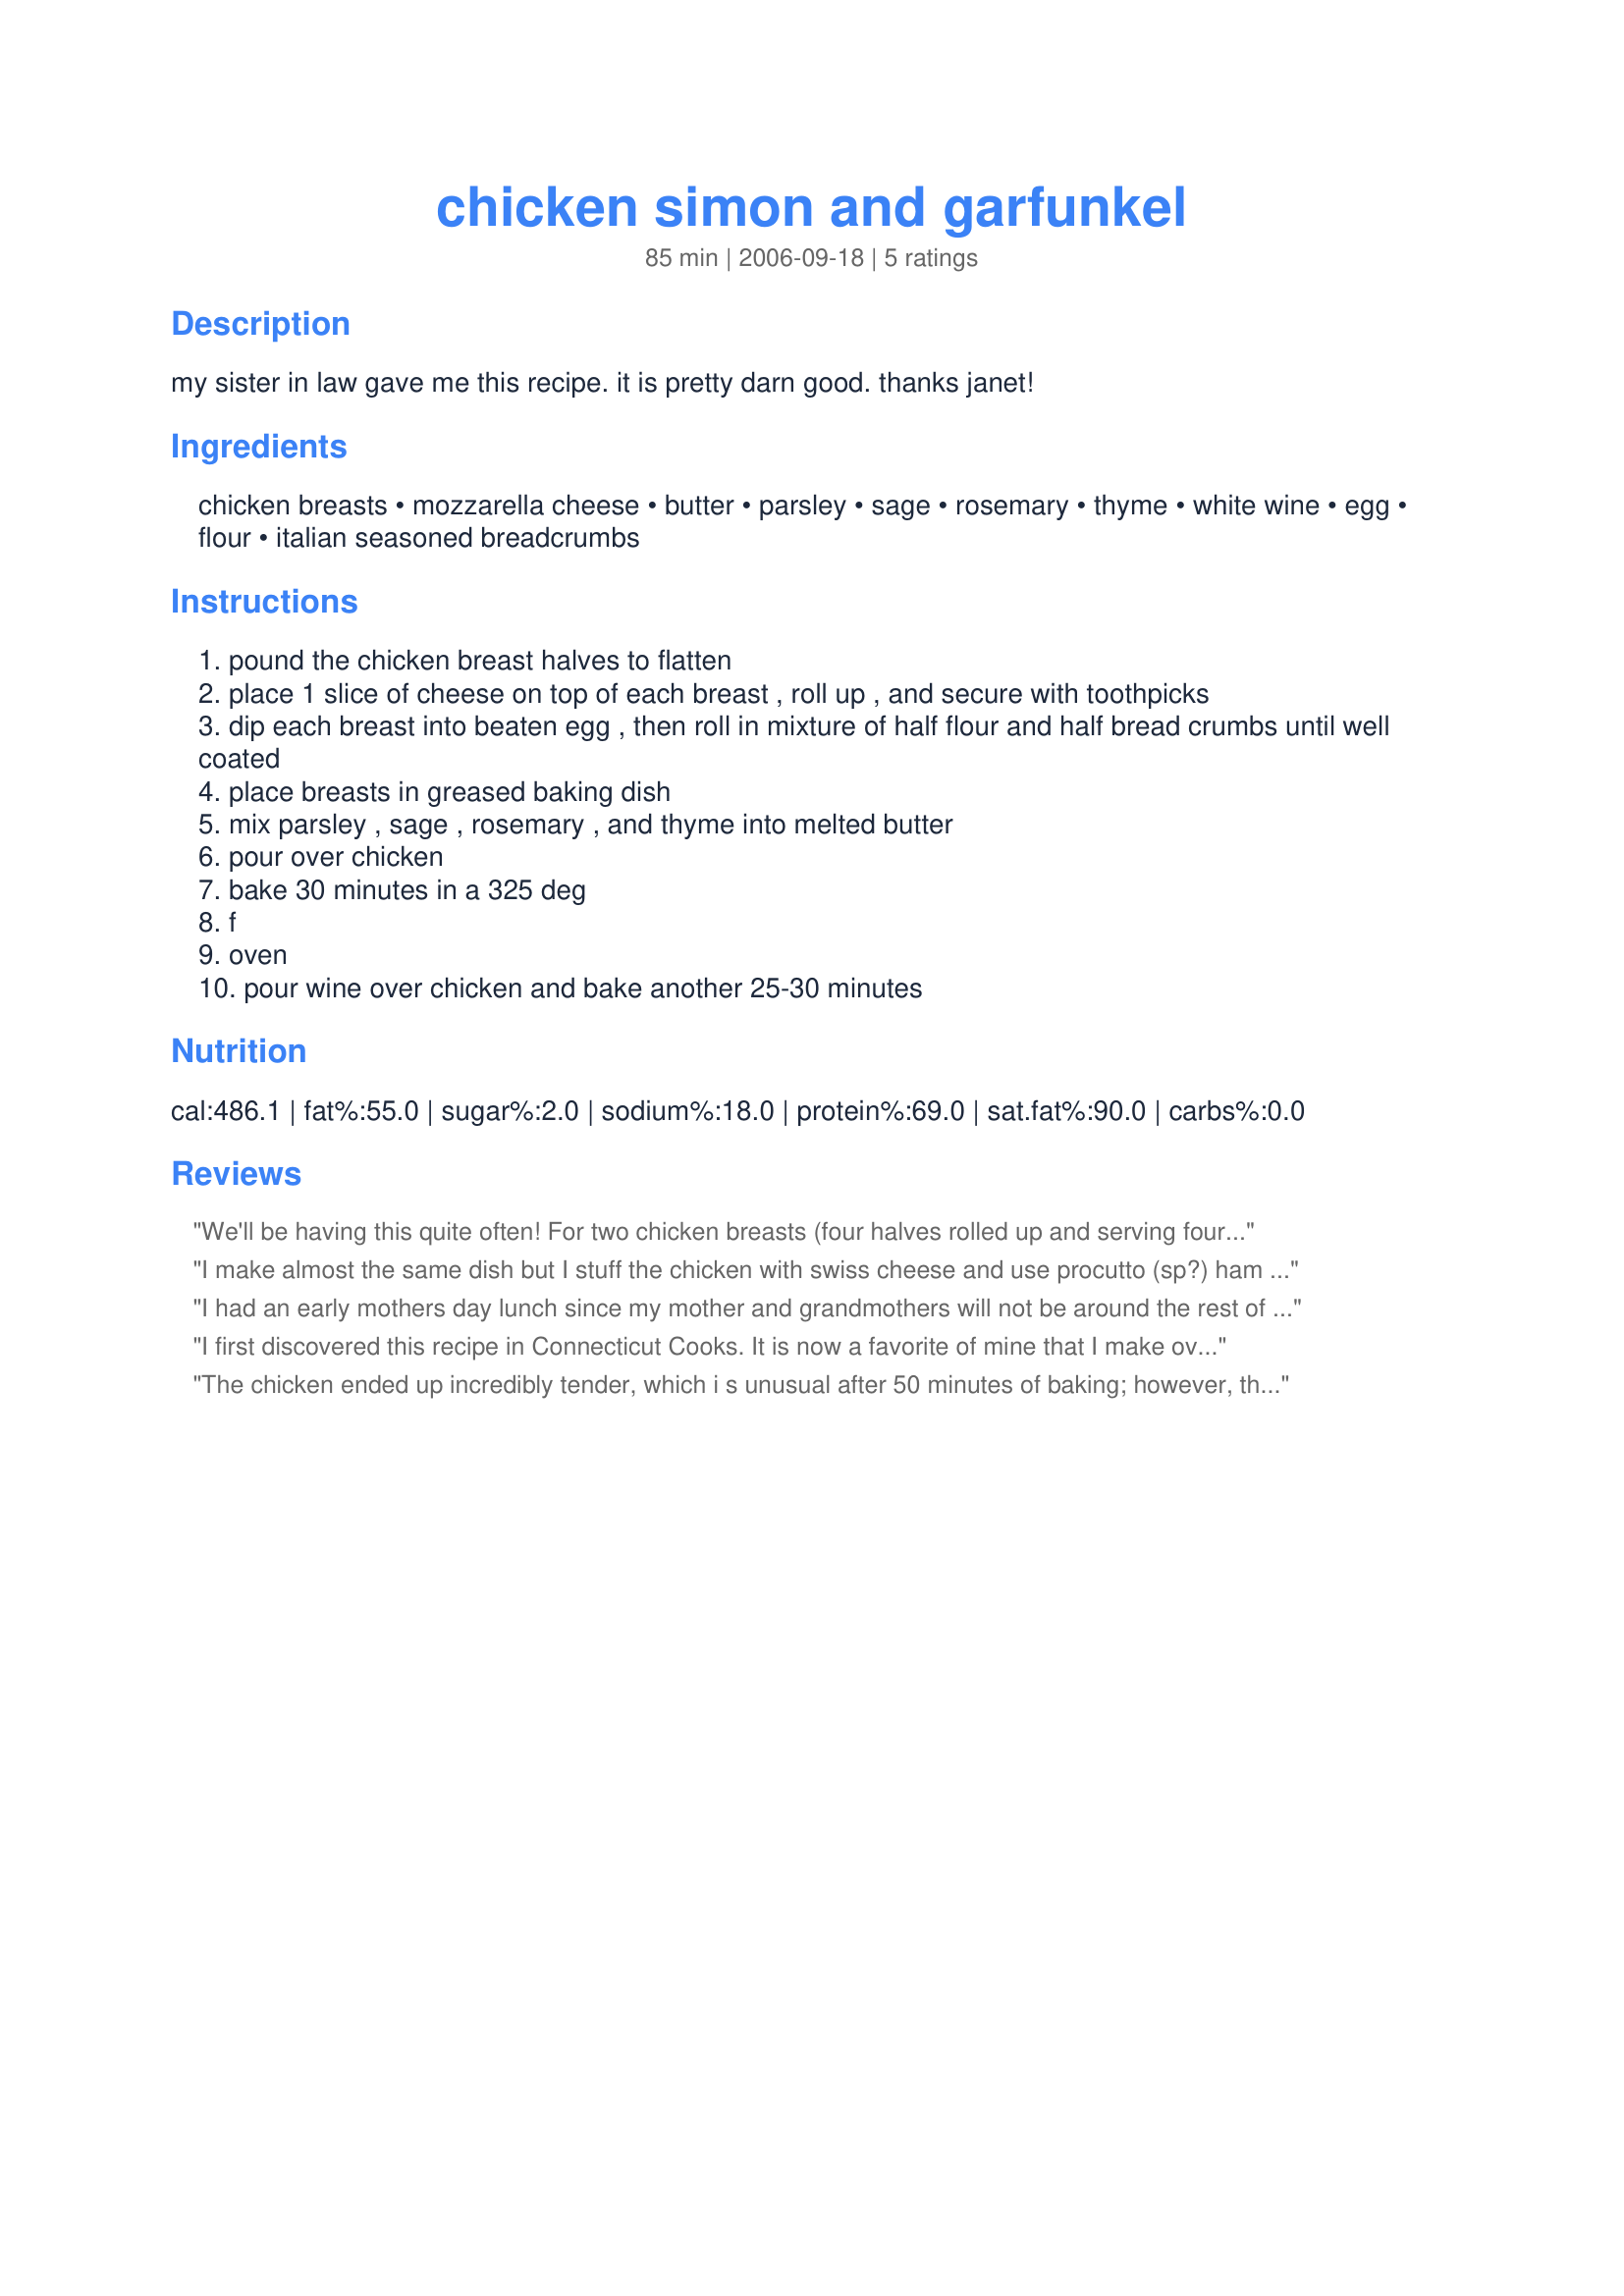
chicken simon and garfunkel
Preparation time: 85 minutes

my sister in law gave me this recipe. it is pretty darn good. thanks janet!

Ingredients:
chicken breasts, mozzarella cheese, butter, parsley, sage, rosemary, thyme, white wine, egg, flour, italian seasoned breadcrumbs

Steps:
pound the chicken breast halves to flatten
place 1 slice of cheese on top of each breast , roll up , and secure with toothpicks
dip each breast into beaten egg , then roll in mixture of half flour and half bread crumbs until well coated
place breasts in greased baking dish
mix parsley , sage , rosemary , and thyme into melted butter
pour over chicken
bake 30 minutes in a 325 deg
f
oven
pour wine over chicken and bake another 25-30 minutes

Reviews:
We'll be having this quite often! For two chicken breasts (four halves rolled up and serving four people) I used: 4 slices mozarella, 1/4 cup butter substitute, 1/4 cup wine, kept the herb amounts the same and baked 50 minutes total at 350 degrees.
I make almost the same dish but I stuff the chicken with swiss cheese and use procutto (sp?) ham then I roll in flour, egg and pepperidge farm crushed breadcrumbs ....love it
I had an early mothers day lunch since my mother and grandmothers will not be around the rest of the weekend and I served this to them. A very good recipe that is so simple to make, but looks like you spent a long time on it. I made this ahead and put it in the fridge until I was ready to bake it. I upped the temp to 375 and baked for 30 minutes, maybe my chicken was more thick than yours. Anyways a great recipe I plan on m aking again. Made for PAC 07
I first discovered this recipe in Connecticut Cooks. It is now a favorite of mine that I make over and over. I love this dish!
The chicken ended up incredibly tender, which i s unusual after 50 minutes of baking; however, there was altogether too much butter for our taste. My kids also wouldn't eat it "because of that green stuff on top," but that was expected and didn't factor into my rating.
